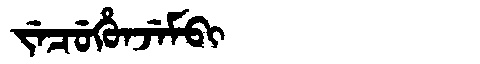
Manchu: ᠵᡝᠴᡠᡥᡠᠨᠵᡝᠮᠪᡳ
Romanization: JECUHUNJEMBI